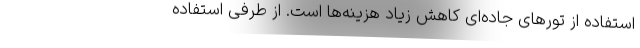
استفاده از تورهای جاده‌ای کاهش زیاد هزینه‌ها است. از طرفی استفاده